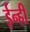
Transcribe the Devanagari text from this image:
ईन्ही